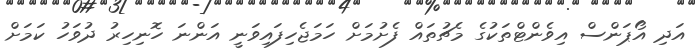
އަދި އޯޕަންސް އިވެންޓްތަކުގެ މެޗުތައް ފެށުމަށް ހަމަޖެހިފައިވަނީ އަންނަ ހޮނިހިރު ދުވަހު ކަމަށް